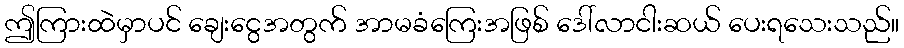
ဤကြားထဲမှာပင် ချေးငွေအတွက် အာမခံကြေးအဖြစ် ဒေါ်လာငါးဆယ် ပေးရသေးသည်။